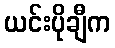
ယင်းပိုချီက